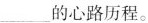
的心路历程。